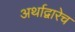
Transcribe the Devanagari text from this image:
अर्थाद्वारेच